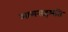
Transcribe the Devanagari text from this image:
आमसहमति